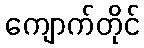
ကျောက်တိုင်